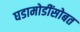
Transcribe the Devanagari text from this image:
घडामोडींसोबत